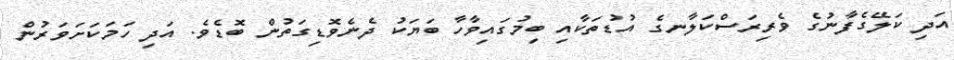
އަދި ކަލޭގެފާނުގެ ވެރިރަސްކަލާނގެ އުޑުތަކާއި ބިމުގައިވާހާ ބަޔަކު ދެނެވޮޑިގަތުން ބޮޑެވެ. އަދި ހަމަކަށަވަރުން